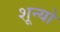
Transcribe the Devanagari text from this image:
शून्यो